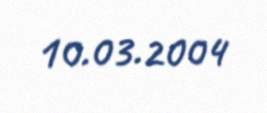
10.03.2004